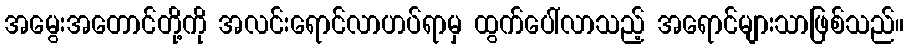
အမွေးအတောင်တို့ကို အလင်းရောင်လာဟပ်ရာမှ ထွက်ပေါ်လာသည့် အရောင်များသာဖြစ်သည်။